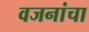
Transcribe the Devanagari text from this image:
वजनांचा